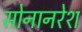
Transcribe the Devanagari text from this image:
सोनानरेश